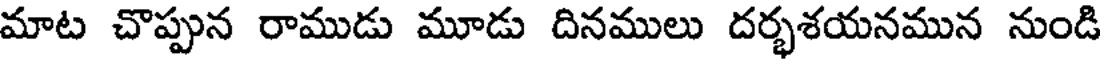
మాట చొప్పున రాముడు మూడు దినములు దర్భశయనమున నుండి